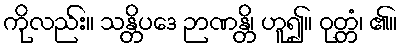
ကိုလည်း။ သန္တိပဒေ ဉာဏန္တိ၊ ဟူ၍။ ဝုတ္တံ၊ ၏။